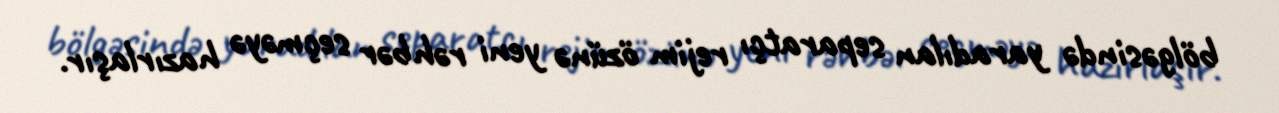
bölgəsində yaradılan separatçı rejim özünə yeni rəhbər seçməyə hazırlaşır.